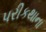
પરીકથાના